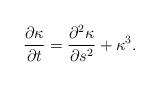
LaTeX: \begin{align*}\frac{\partial \kappa}{\partial t}=\frac{\partial^2\kappa}{\partial s^2}+\kappa^3. \end{align*}